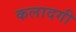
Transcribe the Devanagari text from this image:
कलादगी